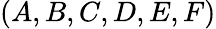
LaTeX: (A,B,C,D,E,F)